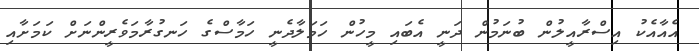
އެއާއެކު އިސްރާއީލުން ބުނަމުން ދަނީ އެބައި މީހުން ހަމަލާދެނީ ހަމާސްގެ ހަނގުރާމަވެރީންނަށް ކަމަށާއި